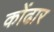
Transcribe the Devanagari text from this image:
कोंढार